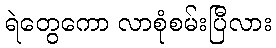
ရဲတွေကော လာစုံစမ်းပြီလား